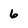
Character: 6